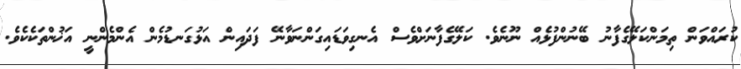
ކުރައްވަން ތިމަންކަލޭގެފާނު ބޭނުންފުޅެއް ނޫނެވެ. ކަލޭގެފާނަށްވެސް އެނގިވަޑައިގަންނަވާނޭ ފަދައިން އަޅުގަނޑުމެން އެންމެންނީ އަޚުންތަކެކެވެ.